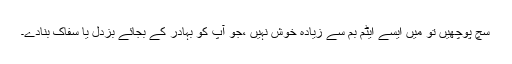
سچ پوچھیں تو میں ایسے ایٹم بم سے زیادہ خوش نہیں ،جو آپ کو بہادر کے بجائے بزدل یا سفاک بنادے۔